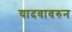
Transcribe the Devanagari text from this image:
यादवावरुन